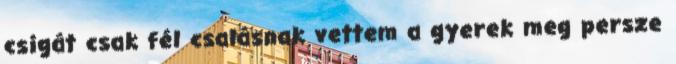
csigát csak fél csalásnak vettem a gyerek meg persze